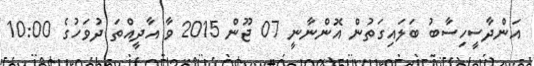
އަންދާސީހިސާބު ބަލައިގަތުން އޮންނާނީ 07 ޖޫން 2015 ވާ އާދީއްތަ ދުވަހުގެ 10:00